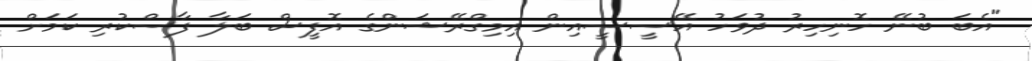
"އެބަ ބުނޭ ހޮނިހިރު ދުވަހު އޭސީސީއިން އިމިގްރޭޝަންގެ އޮފީސް ބަލާ ފާސްކުރި ކަމަށް